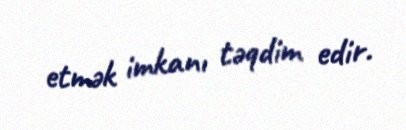
etmək imkanı təqdim edir.